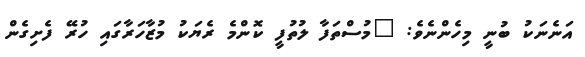
އަނެނަކު ބުނީ މިހެންނެވެ: "މުސްތަފާ ލުތުފީ ކޮންމެ ރެޔަކު މުޒާހަރާގައި ހުރޭ ފެށިގެން